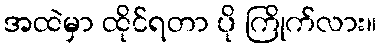
အထဲမှာ ထိုင်ရတာ ပို ကြိုက်လား။